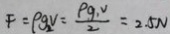
F = \rho g _ { 2 } v = \frac { P g _ { 1 } v } { 2 } = 2 . 5 N